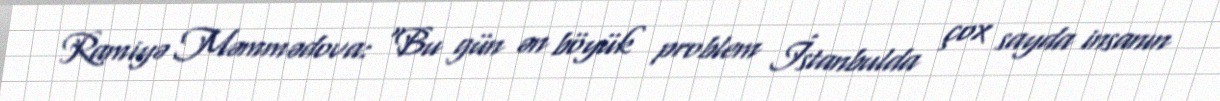
Ramiyə Məmmədova: “Bu gün ən böyük problem İstanbulda çox sayda insanın